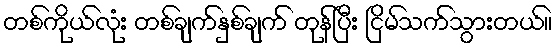
တစ်ကိုယ်လုံး တစ်ချက်နှစ်ချက် တုန်ပြီး ငြိမ်သက်သွားတယ်။